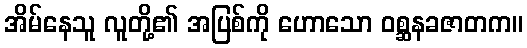
အိမ်နေသူ လူတို့၏ အပြစ်ကို ဟောသော ဝစ္ဆနခဇာတက။